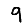
Digit: 9